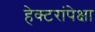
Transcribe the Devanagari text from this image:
हेक्टरांपेक्षा